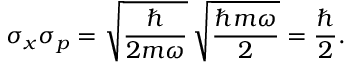
\sigma _ { x } \sigma _ { p } = { \sqrt { \frac { \hbar } { 2 m \omega } } } \, { \sqrt { \frac { \hbar m \omega } { 2 } } } = { \frac { \hbar } { 2 } } .